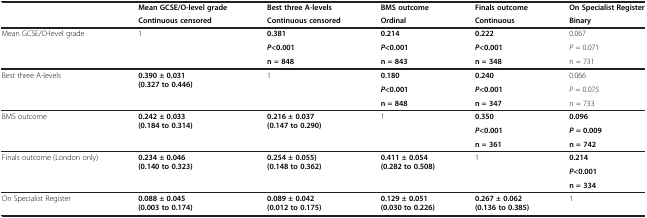
<table><thead><tr><td rowspan="2"><b> </b></td><td><b>Mean GCSE/O-level grade</b></td><td><b>Best three A-levels</b></td><td><b>BMS outcome</b></td><td><b>Finals outcome</b></td><td><b>On Specialist Register</b></td></tr><tr><td><b>Continuous censored</b></td><td><b>Continuous censored</b></td><td><b>Ordinal</b></td><td><b>Continuous</b></td><td><b>Binary</b></td></tr></thead><tbody><tr><td>Mean GCSE/O-level grade</td><td>1</td><td><b>0.381</b></td><td><b>0.214</b></td><td><b>0.222</b></td><td>0.067</td></tr><tr><td rowspan="2"> </td><td rowspan="2"> </td><td><b><i>P</i></b><b>&lt;0.001</b></td><td><b><i>P</i></b><b>&lt;0.001</b></td><td><b><i>P</i></b><b>&lt;0.001</b></td><td><i>P</i> = 0.071</td></tr><tr><td><b>n = 848</b></td><td><b>n = 843</b></td><td><b>n = 348</b></td><td>n = 731</td></tr><tr><td rowspan="3">Best three A-levels</td><td rowspan="3"><b>0.390 ± 0.031 (0.327 to 0.446)</b></td><td>1</td><td><b>0.180</b></td><td><b>0.240</b></td><td>0.066</td></tr><tr><td> </td><td><b><i>P</i></b><b>&lt;0.001</b></td><td><b><i>P</i></b><b>&lt;0.001</b></td><td><i>P</i> = 0.075</td></tr><tr><td> </td><td><b>n = 848</b></td><td><b>n = 347</b></td><td>n = 733</td></tr><tr><td rowspan="3">BMS outcome</td><td rowspan="3"><b>0.242 ± 0.033 (0.184 to 0.314)</b></td><td rowspan="3"><b>0.216 ± 0.037 (0.147 to 0.290)</b></td><td rowspan="3">1</td><td><b>0.350</b></td><td><b>0.096</b></td></tr><tr><td><b><i>P</i></b><b>&lt;0.001</b></td><td><b><i>P </i></b><b>= 0.009</b></td></tr><tr><td><b>n = 361</b></td><td><b>n = 742</b></td></tr><tr><td rowspan="3">Finals outcome (London only)</td><td rowspan="3"><b>0.234 ± 0.046 (0.140 to 0.323)</b></td><td rowspan="3"><b>0.254 ± 0.055) (0.148 to 0.362)</b></td><td rowspan="3"><b>0.411 ± 0.054 (0.282 to 0.508)</b></td><td rowspan="3">1</td><td><b>0.214</b></td></tr><tr><td><b><i>P</i></b><b>&lt;0.001</b></td></tr><tr><td><b>n = 334</b></td></tr><tr><td>On Specialist Register</td><td><b>0.088 ± 0.045 </b><b>(0.003 to 0.174)</b></td><td><b>0.089 ± 0.042 </b><b>(0.012 to 0.175)</b></td><td><b>0.129 ± 0.051 (0.030 to 0.226)</b></td><td><b>0.267 ± 0.062 </b><b>(0.136 to 0.385)</b></td><td>1</td></tr></tbody></table>